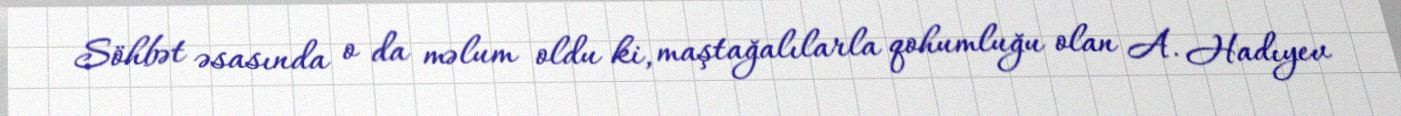
Söhbət əsasında o da məlum oldu ki, maştağalılarla qohumluğu olan A. Hadıyev